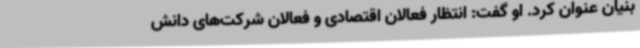
بنیان عنوان کرد. او گفت: انتظار فعالان اقتصادی و فعالان شرکت‌های دانش